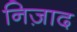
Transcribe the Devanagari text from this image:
निज़ाद